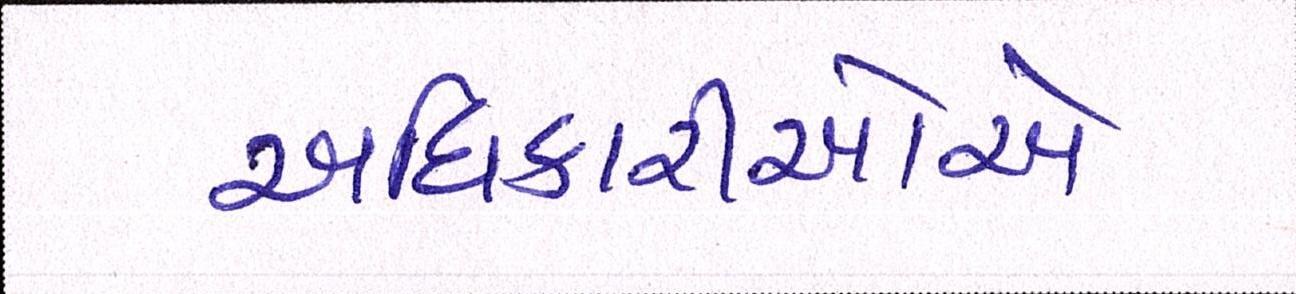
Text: અધિકારીઓએ